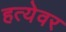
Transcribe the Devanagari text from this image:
हत्येवर